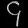
Digit: ၄